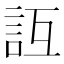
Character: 𧥮